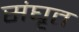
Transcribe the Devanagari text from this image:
संघृत